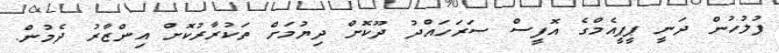
ފުލުހުން ދަނީ ޕީޕީއެމްގެ އޮފީސް ސަރަހައްދު ދޫކޮށް ދިޔުމަށް ތަކުރާރުކޮށް އިންޒާރު ދެމުން.